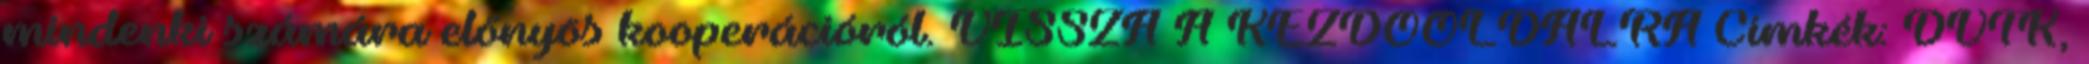
mindenki számára előnyös kooperációról. VISSZA A KEZDŐOLDALRA Címkék: DVTK,